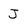
Character: J